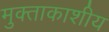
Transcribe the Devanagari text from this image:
मुक्ताकाशीय